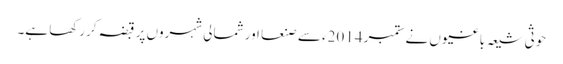
حوثی شیعہ باغیوں نے ستمبر 2014ء سے صنعا اور شمالی شہروں پر قبضہ کررکھا ہے۔